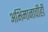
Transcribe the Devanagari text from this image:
अभिमानाचीही